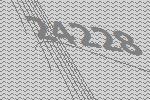
24228